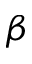
\beta